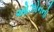
ઓઝોનનો